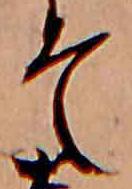
そ